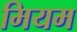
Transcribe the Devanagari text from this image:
मियम